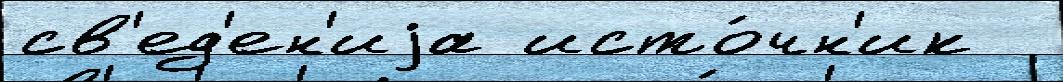
св'ед'ен'иjа исто́чн'ик